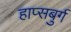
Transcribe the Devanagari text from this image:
हाप्सबुर्ग